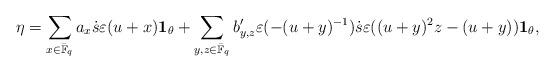
LaTeX: \begin{align*}&\ \eta=\sum_{x\in \bar{\mathbb{F}}_q}a_x \dot{s}\varepsilon(u+x){\bf 1}_{\theta}+ \sum_{y,z\in \bar{\mathbb{F}}_q} b'_{y,z} \varepsilon(-(u+y)^{-1})\dot{s} \varepsilon((u+y)^2z-(u+y)){{\bf 1}}_{\theta},\end{align*}